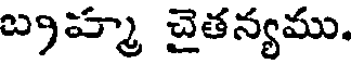
బ్రహ్మ చైతన్యము.